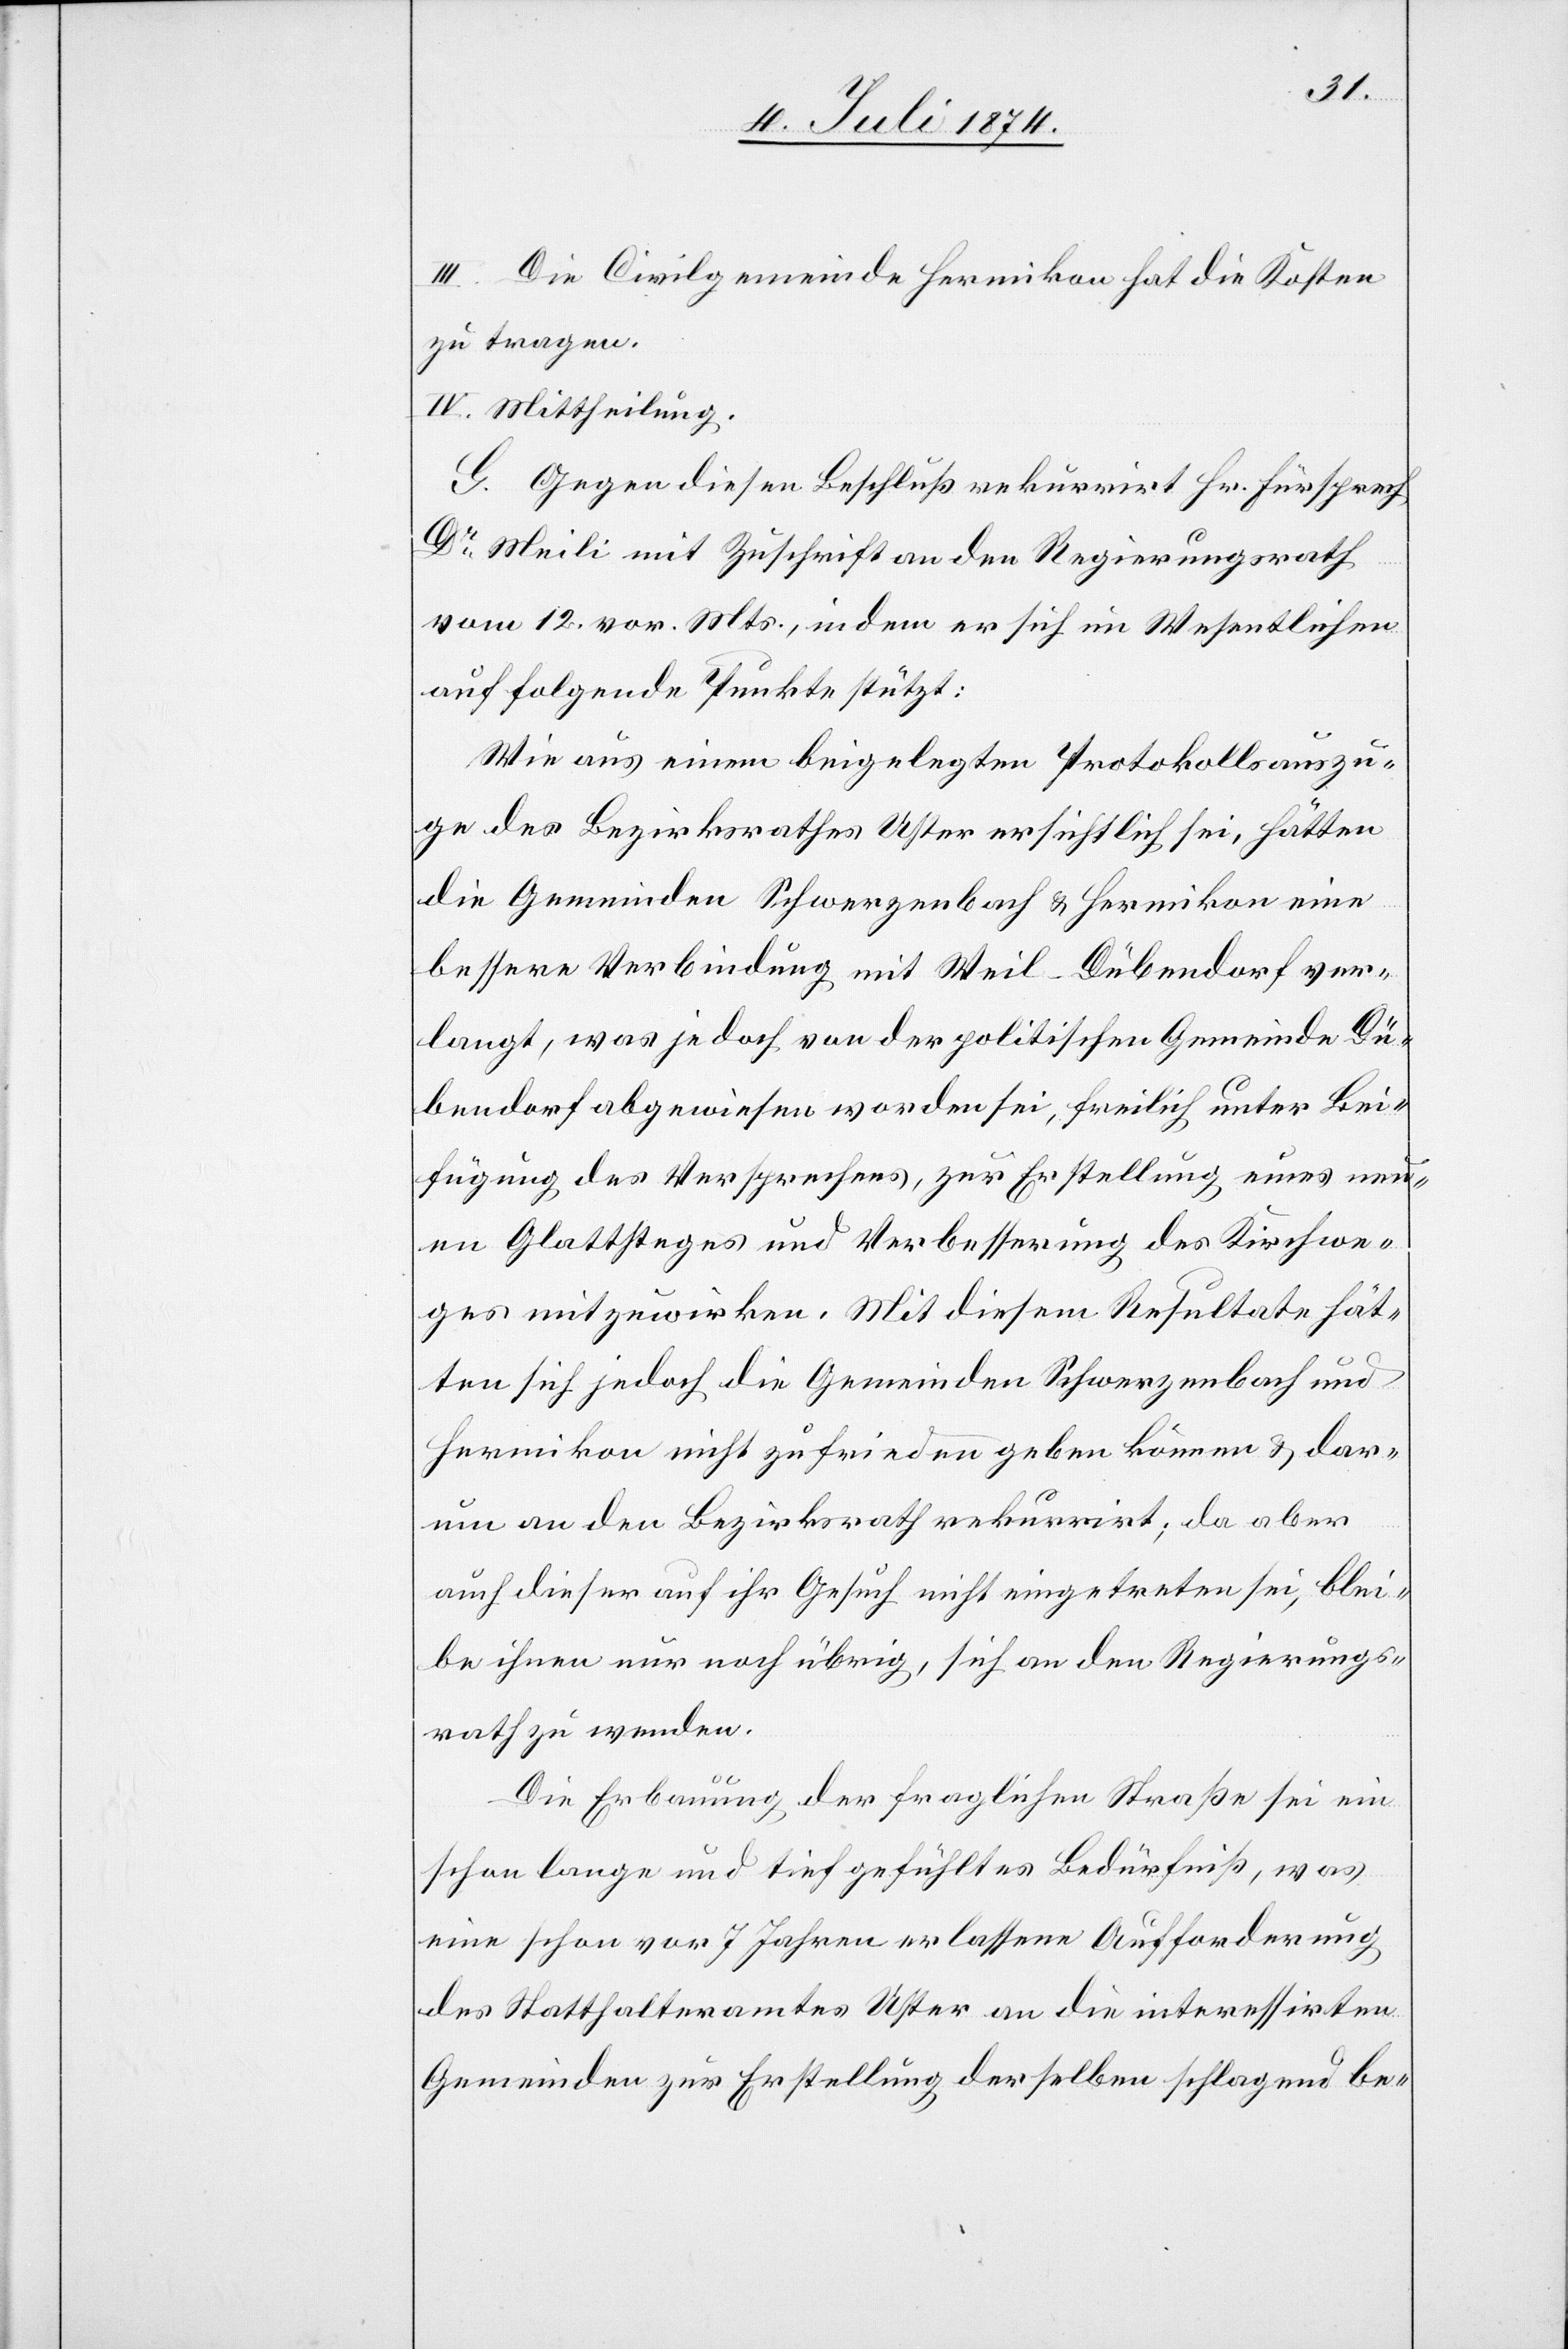
III. Die Civilgemeinde Hermikon hat die Kosten
zu tragen.
IV. Mittheilung.
G. Gegen diesen Beschluß rekurrirt Hr. Fürsprech
Dr Meili mit Zuschrift an den Regierungsrath
vom 12. vor. Mts., indem er sich im Wesentlichen
auf folgende Punkte stützt:
Wie aus einem beigelegten Protokollsauszu¬
ge des Bezirksrathes Uster ersichtlich sei, hätten
die Gemeinden Schwerzenbach u. Hermikon eine
bessere Verbindung mit Weil-Dübendorf ver¬
langt, was jedoch von der politischen Gemeinde Dü¬
bendorf abgewiesen worden sei, freilich unter Bei¬
fügung des Versprechens, zur Erstellung eines neu¬
en Glattsteges und Verbesserung des Kirchwe¬
ges mitzuwirken. Mit diesem Resultate hät¬
ten sich jedoch die Gemeinden Schwerzenbach und
Hermikon nicht zufrieden geben können u. dar¬
um an den Bezirksrath rekurrirt; da aber
auch dieser auf ihr Gesuch nicht eingetreten sei, blei¬
be ihnen nur noch übrig, sich an den Regierungs¬
rath zu wenden.
Die Erbauung der fraglichen Straße sei ein
schon lange und tief gefühltes Bedürfniß, was
eine schon vor 7 Jahren erlassene Aufforderung
des Statthalteramtes Uster an die interessirten
Gemeinden zur Erstellung derselben schlagend be-